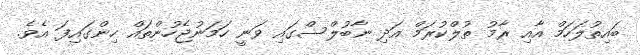
ބައިތުލަހަމް އާއި ރާމު ތުލްކުރަމް އަދި ނާބުލްސްގައި ވަނީ ހަމަނުޖެހުންތަައް ހިންގައިފަ އެވެ.